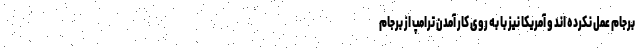
برجام عمل نکرده اند و آمریکا نیز با به روی کار آمدن ترامپ از برجام